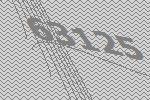
63125